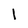
Character: l